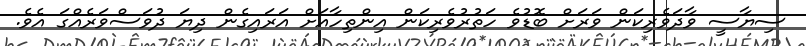
ސިޔާސީ ވާދަވެރިކަން ވަރަށް ބޮޑުވެ ހަތުރުވެރިކަން އިންތިހާއަށް އަރައިގެން ދިޔަ ދުވަސްވަރެއްގަ އެވެ.